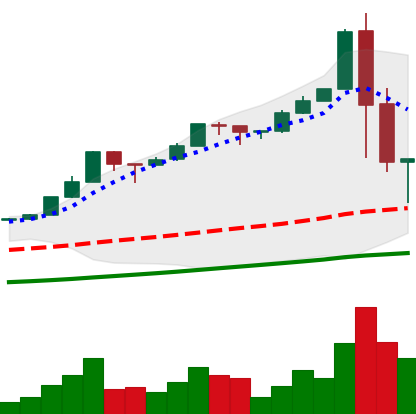
Ticker: BTC-USD
Chart end date: 2017-01-07
Forward return: -11.419%
Label: down_7plus